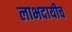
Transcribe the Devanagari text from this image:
लाभदायीच